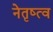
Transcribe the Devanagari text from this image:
नेतृष्त्व